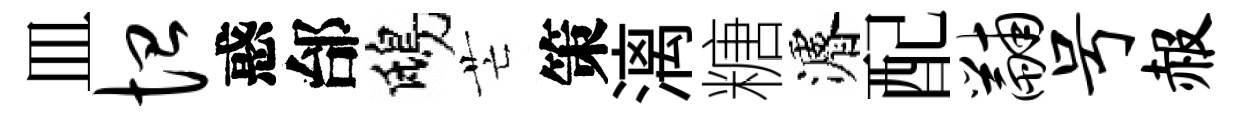
皿恤惑邰鴟芒策漓糖濬配黼号赧